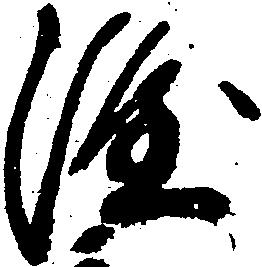
隆